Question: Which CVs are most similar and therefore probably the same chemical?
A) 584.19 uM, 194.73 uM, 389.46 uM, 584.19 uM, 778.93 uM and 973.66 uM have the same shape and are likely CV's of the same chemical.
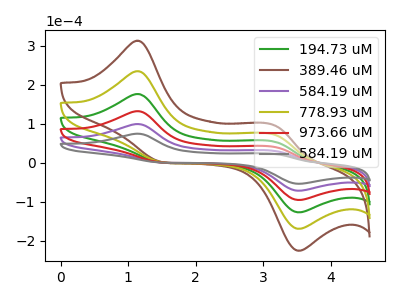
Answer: <think>The green curve "194.73 uM" has anodic peaks at (1.10V, 298.15uA) (3.15V, 93.85uA) and cathodic peaks at (1.55V, 0.50uA) (3.55V, -214.65uA). The brown curve "389.46 uM" has anodic peaks at (1.10V, 496.90uA) (3.15V, 156.40uA) and cathodic peaks at (1.55V, 0.80uA) (3.55V, -357.75uA). The purple curve "584.19 uM" has anodic peaks at (1.10V, 99.40uA) (3.15V, 31.30uA) and cathodic peaks at (1.55V, 0.15uA) (3.55V, -71.55uA). The olive curve "778.93 uM" has anodic peaks at (1.10V, 397.50uA) (3.15V, 125.10uA) and cathodic peaks at (1.55V, 0.65uA) (3.55V, -286.20uA). The red curve "973.66 uM" has anodic peaks at (1.10V, 198.75uA) (3.15V, 62.55uA) and cathodic peaks at (1.55V, 0.30uA) (3.55V, -143.10uA). The gray curve "584.19 uM" has anodic peaks at (1.10V, 74.60uA) (3.15V, 23.50uA) and cathodic peaks at (1.55V, 0.10uA) (3.55V, -53.70uA).
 All the peaks in "194.73 uM" have a peak in "389.46 uM" at the same potential. All the peaks in "194.73 uM" have a peak in "584.19 uM" at the same potential. All the peaks in "194.73 uM" have a peak in "778.93 uM" at the same potential. All the peaks in "194.73 uM" have a peak in "973.66 uM" at the same potential. All the peaks in "194.73 uM" have a peak in "584.19 uM" at the same potential. All the peaks in "389.46 uM" have a peak in "584.19 uM" at the same potential. All the peaks in "389.46 uM" have a peak in "778.93 uM" at the same potential. All the peaks in "389.46 uM" have a peak in "973.66 uM" at the same potential. All the peaks in "389.46 uM" have a peak in "584.19 uM" at the same potential. All the peaks in "584.19 uM" have a peak in "778.93 uM" at the same potential. All the peaks in "584.19 uM" have a peak in "973.66 uM" at the same potential. All the peaks in "584.19 uM" have a peak in "584.19 uM" at the same potential. All the peaks in "778.93 uM" have a peak in "973.66 uM" at the same potential. All the peaks in "778.93 uM" have a peak in "584.19 uM" at the same potential. All the peaks in "973.66 uM" have a peak in "584.19 uM" at the same potential.</think>
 <answer>A) "584.19 uM", "194.73 uM", "389.46 uM", "584.19 uM", "778.93 uM" and "973.66 uM" have the same shape and are likely CV's of the same chemical.</answer>
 <eval>A</eval>